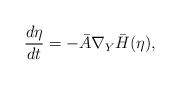
LaTeX: \begin{align*}\frac{d \eta}{dt} = - \bar{A} \nabla_Y \bar{H}(\eta),\end{align*}